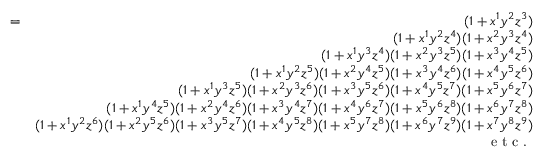
\begin{array} { r l r } & { = } & { ( 1 + x ^ { 1 } y ^ { 2 } z ^ { 3 } ) } \\ & { } & { ( 1 + x ^ { 1 } y ^ { 2 } z ^ { 4 } ) ( 1 + x ^ { 2 } y ^ { 3 } z ^ { 4 } ) } \\ & { } & { ( 1 + x ^ { 1 } y ^ { 3 } z ^ { 4 } ) ( 1 + x ^ { 2 } y ^ { 3 } z ^ { 5 } ) ( 1 + x ^ { 3 } y ^ { 4 } z ^ { 5 } ) } \\ & { } & { ( 1 + x ^ { 1 } y ^ { 2 } z ^ { 5 } ) ( 1 + x ^ { 2 } y ^ { 4 } z ^ { 5 } ) ( 1 + x ^ { 3 } y ^ { 4 } z ^ { 6 } ) ( 1 + x ^ { 4 } y ^ { 5 } z ^ { 6 } ) } \\ & { } & { ( 1 + x ^ { 1 } y ^ { 3 } z ^ { 5 } ) ( 1 + x ^ { 2 } y ^ { 3 } z ^ { 6 } ) ( 1 + x ^ { 3 } y ^ { 5 } z ^ { 6 } ) ( 1 + x ^ { 4 } y ^ { 5 } z ^ { 7 } ) ( 1 + x ^ { 5 } y ^ { 6 } z ^ { 7 } ) } \\ & { } & { ( 1 + x ^ { 1 } y ^ { 4 } z ^ { 5 } ) ( 1 + x ^ { 2 } y ^ { 4 } z ^ { 6 } ) ( 1 + x ^ { 3 } y ^ { 4 } z ^ { 7 } ) ( 1 + x ^ { 4 } y ^ { 6 } z ^ { 7 } ) ( 1 + x ^ { 5 } y ^ { 6 } z ^ { 8 } ) ( 1 + x ^ { 6 } y ^ { 7 } z ^ { 8 } ) } \\ & { } & { ( 1 + x ^ { 1 } y ^ { 2 } z ^ { 6 } ) ( 1 + x ^ { 2 } y ^ { 5 } z ^ { 6 } ) ( 1 + x ^ { 3 } y ^ { 5 } z ^ { 7 } ) ( 1 + x ^ { 4 } y ^ { 5 } z ^ { 8 } ) ( 1 + x ^ { 5 } y ^ { 7 } z ^ { 8 } ) ( 1 + x ^ { 6 } y ^ { 7 } z ^ { 9 } ) ( 1 + x ^ { 7 } y ^ { 8 } z ^ { 9 } ) } \\ & { } & { \textmd { e t c . } } \end{array}